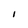
Character: I